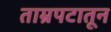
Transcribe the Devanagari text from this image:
ताम्रपटातून